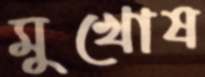
মুখোষ